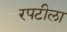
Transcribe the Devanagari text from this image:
रपटीला